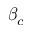
\beta _ { c }